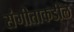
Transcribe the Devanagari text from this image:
संगीताकडील